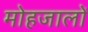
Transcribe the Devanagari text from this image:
मोहजालों